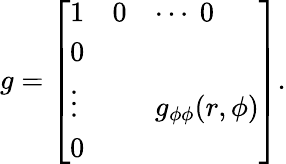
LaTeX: g={\left[\begin{array}{lll}{1}&{0}&{\cdots\ 0}\\ {0}&{}&{}\\ {\vdots}&{}&{g_{\phi\phi}(r,\phi)}\\ {0}&{}&{}\end{array}\right]}.